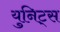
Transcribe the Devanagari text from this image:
युनिट्स